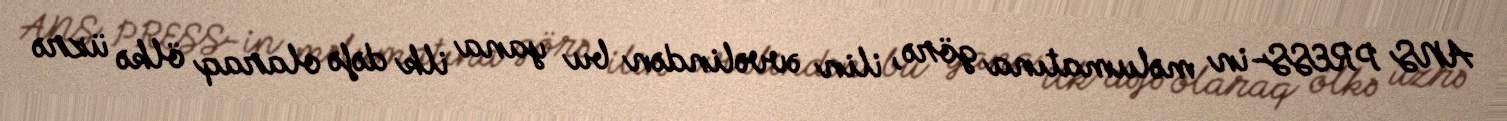
ANS PRESS-in məlumatına görə, ilin əvvəlindən bu yana ilk dəfə olaraq ölkə üzrə